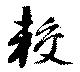
較